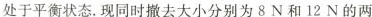
处于平衡状态。现同时撤去大小分别为8N和12N的两